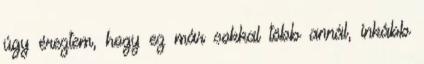
úgy éreztem, hogy ez már sokkal több annál, inkább